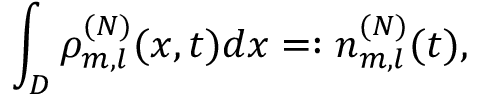
\int _ { D } \rho _ { m , l } ^ { ( N ) } ( x , t ) d x = : n _ { m , l } ^ { ( N ) } ( t ) ,